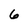
Character: 6